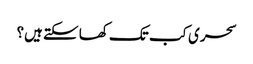
سحری کب تک کھا سکتے ہیں؟